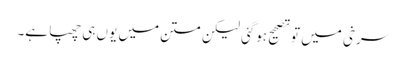
سرخی میں تو تصحیح ہوگئی لیکن متن میں یوں ہی چھپا ہے۔